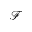
\mathcal F